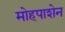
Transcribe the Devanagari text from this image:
मोहपाशेन